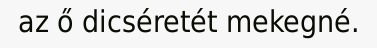
az ő dicséretét mekegné.